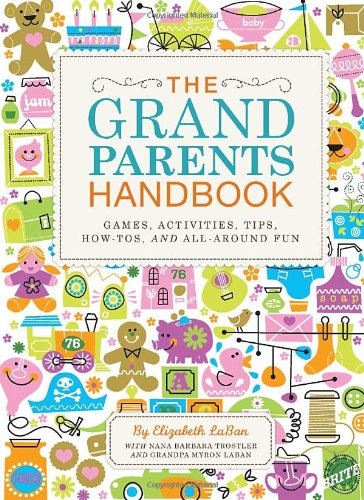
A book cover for The Grandparents Handbook; Elizabeth Laban; Parenting & Relationships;